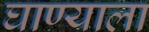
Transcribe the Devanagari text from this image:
घाण्याला